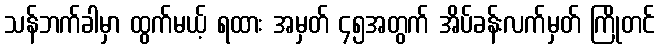
သန်ဘက်ခါမှာ ထွက်မယ့် ရထား အမှတ် ၄၅အတွက် အိပ်ခန်းလက်မှတ် ကြိုတင်